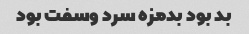
بد بود بدمزه سرد وسفت بود